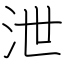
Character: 泄